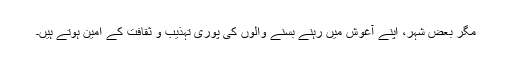
مگر بعض شہر، اپنے آغوش میں رہنے بسنے والوں کی پوری تہذیب و ثقافت کے امین ہوتے ہیں۔